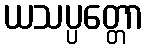
ယသပ္ပတ္တော